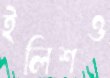
ইলিশও